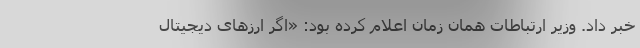
خبر داد. وزیر ارتباطات همان زمان اعلام کرده بود: «اگر ارزهای دیجیتال